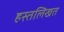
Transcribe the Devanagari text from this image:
हस्तलिखत